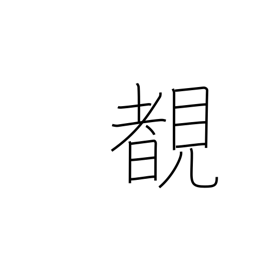
Meaning: see